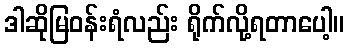
ဒါဆိုမြဝန်းရံလည်း ရိုက်လို့ရတာပေါ့။